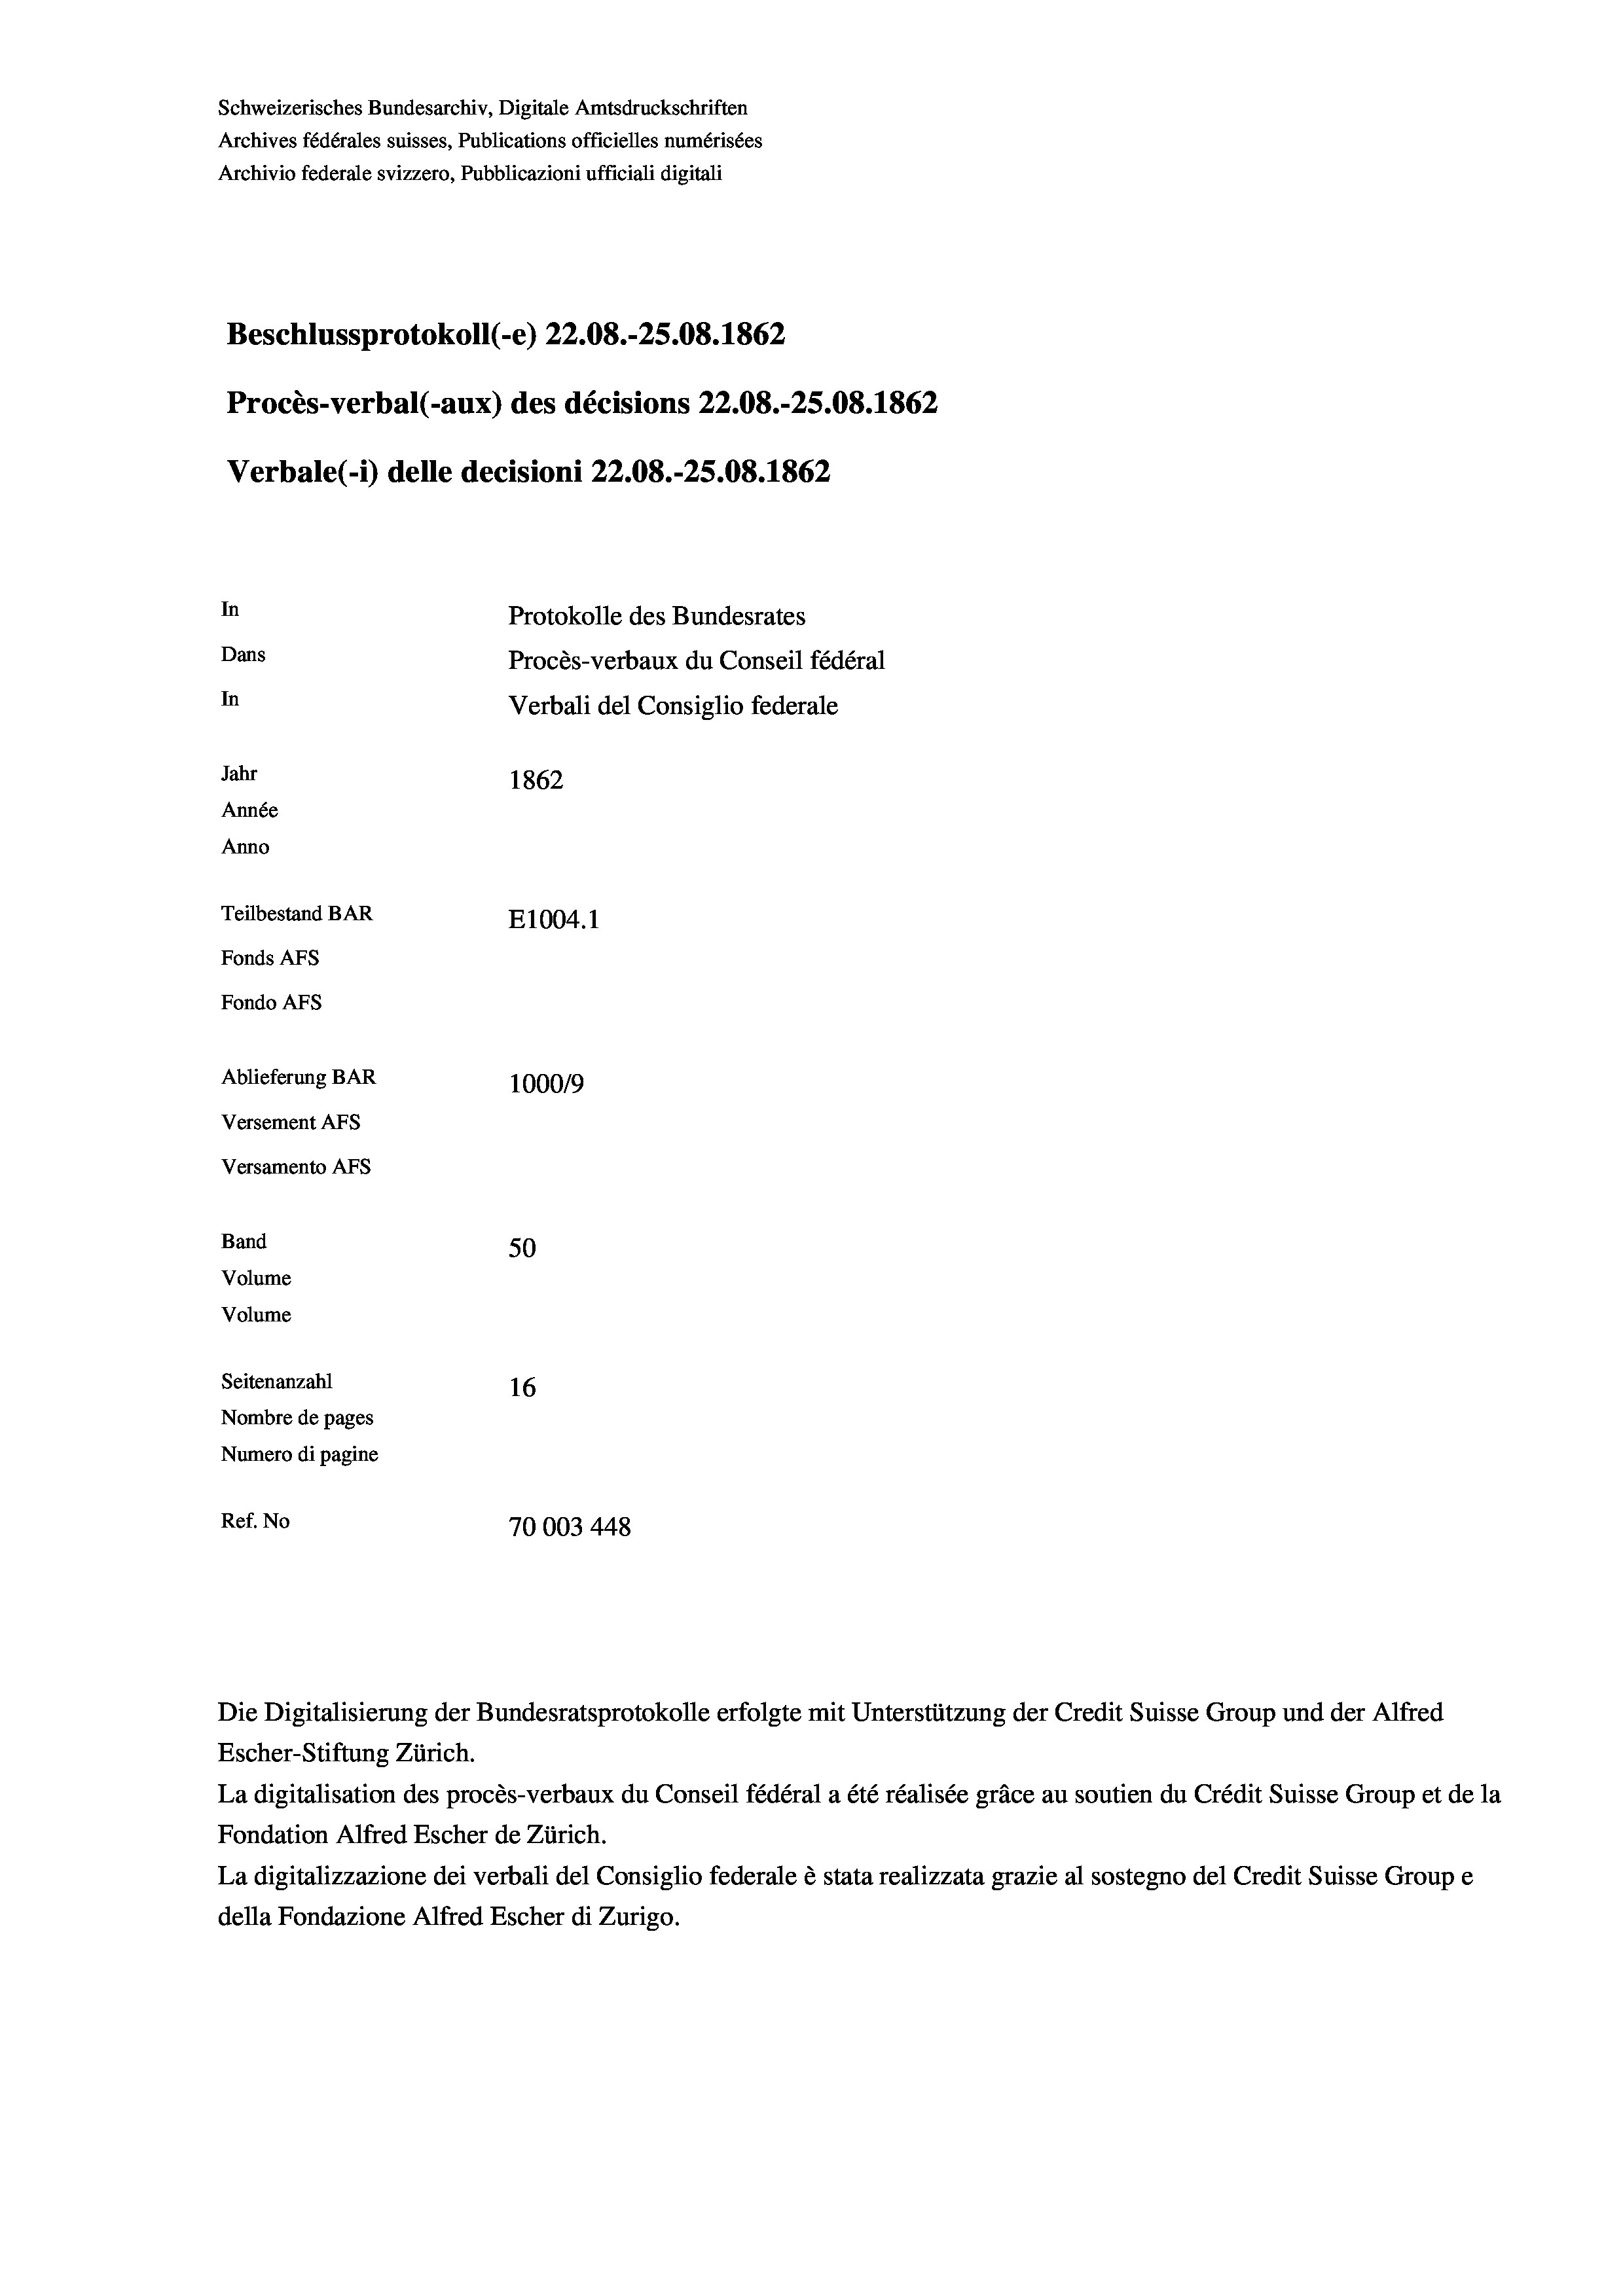
Beschlussprotokoll (-e) 22.08.-25.08. 1862
Procès-verbal (-aux) des décisions 22.08.-25.08. 1862
Verbale (- 1) delle decisioni 22.08.-25.08. 1862
In
Protokolle des Bundesrates
Dans
Procès-verbaux du Conseil fédéral
In
Verbali del Consiglio federale
Jahr
1862
Année
Anno
Teilbestand BAR
E1004. 1
Fonds AFs
Fondo AFS
Ablieferung BAR
100019
Versement AFs
Versamento Afs

Band
Volume
Volume

Schweizerisches Bundesarchiv, Digitale Amtsdruckschriften
Archives fédérales suisses, Publications officielles numérisées
Archivio federale svizzero, Pubblicazioni ufficiali digitali

50
Seitenanzahl
16
Nombre de pages
Numero di pagine
Ref. No
70003448

Escher-Stiftung Zürich.
La digitalisation des procès-verbaux du Conseil fédéral a été réalisée gräce au soutien du Crédit Suisse Group et de la
Fondation Alfred Escher de Zürich.
La digitalizzazione dei verbali del Consiglio federale è stata realizzata grazie al sostegno del Credit Suisse Groupe
della Fondazione Alfred Escher di Zurigo.

Die Digitalisierung der Bundesratsprotokolle erfolgte mit Unterstützung der Credit Suisse Group und der Alfred